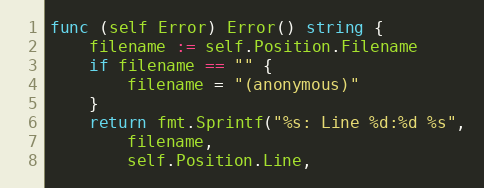
Language: Go
func (self Error) Error() string {
	filename := self.Position.Filename
	if filename == "" {
		filename = "(anonymous)"
	}
	return fmt.Sprintf("%s: Line %d:%d %s",
		filename,
		self.Position.Line,